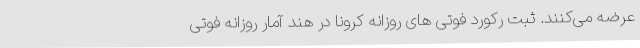
عرضه می‌کنند. ثبت رکورد فوتی های روزانه کرونا در هند آمار روزانه فوتی